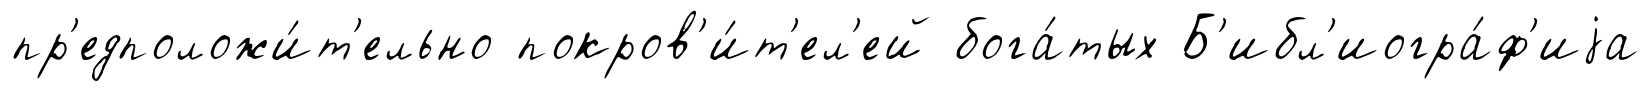
пр'едположи́т'ельно покров'и́т'ел'ей бога́тых Б'ибл'иогра́ф'иjа